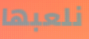
نلعبها